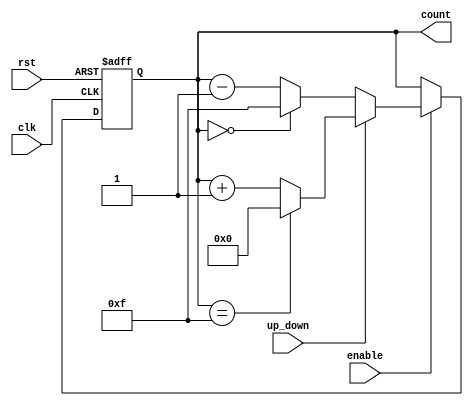
module up_down_counter (
    input wire clk,           // Clock signal
    input wire rst,           // Asynchronous reset
    input wire up_down,       // Up/Down control signal
    input wire enable,        // Enable signal
    output reg [N-1:0] count  // Current count value (N-bit wide)
);
    parameter N = 4;         // Parameter for counter width (4-bit by default)
    parameter MAX_COUNT = (1 << N) - 1; // Maximum count value (for N bits)

    // Asynchronous reset and counting logic
    always @(posedge clk or posedge rst) begin
        if (rst) begin
            count <= 0;       // Reset count to 0
        end else if (enable) begin
            if (up_down) begin
                // Increment count with wrap-around
                count <= (count == MAX_COUNT) ? 0 : count + 1;
            end else begin
                // Decrement count with wrap-around
                count <= (count == 0) ? MAX_COUNT : count - 1;
            end
        end
    end
endmodule